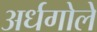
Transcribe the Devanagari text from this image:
अर्धगोले